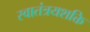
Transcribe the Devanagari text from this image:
स्वातंत्रयशक्ति